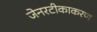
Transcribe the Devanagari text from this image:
जेनरटीकाकरण